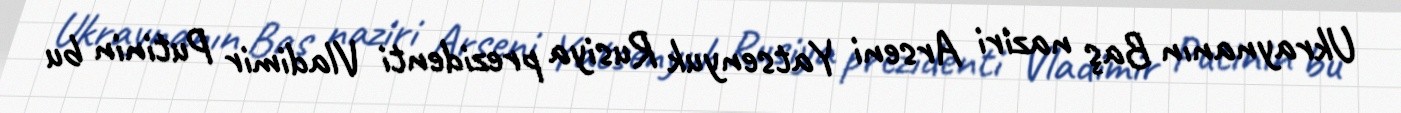
Ukraynanın Baş naziri Arseni Yatsenyuk Rusiya prezidenti Vladimir Putinin bu